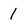
Character: 1